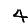
Digit: 4